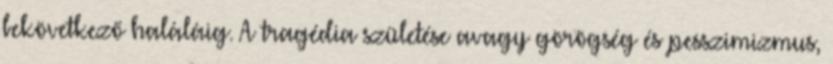
bekövetkező haláláig. A tragédia születése avagy görögség és pesszimizmus,